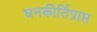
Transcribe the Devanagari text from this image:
घनकीर्तिप्राप्त